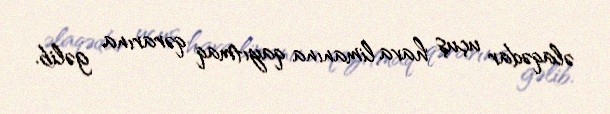
əlaqədar uçuş hava limanına qayıtmaq qərarına gəlib.